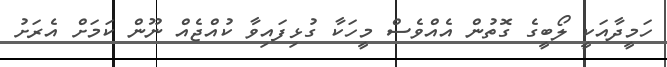
ހަމީދާއަކީ ލޯބީގެ ގޮތުން އެއްވެސް މީހަކާ ގުޅިފައިވާ ކުއްޖެއް ނޫން ކަމަށް އެރަށު